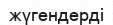
жүгендерді